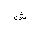
Letter: _shin